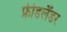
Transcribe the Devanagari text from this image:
फ्रीडलैंडर